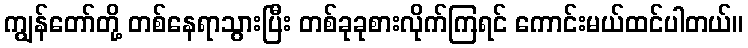
ကျွန်တော်တို့ တစ်နေရာသွားပြီး တစ်ခုခုစားလိုက်ကြရင် ကောင်းမယ်ထင်ပါတယ်။